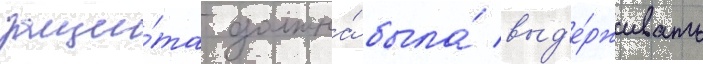
защи́та должна́ была́ выд'е́рживать